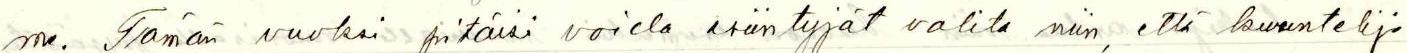
me. Tämän vuoksi pitäisi voida esiintyjät valita niin, että kuuntelija